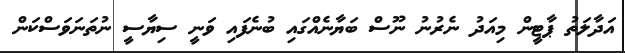
އަދާލަތު ޕާޓީން މިއަދު ނެރުނު ނޫސް ބަޔާނެއްގައި ބުނެފައި ވަނީ ސިޔާސީ ނުތަނަވަސްކަން